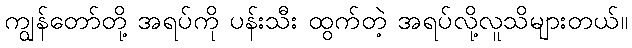
ကျွန်တော်တို့ အရပ်ကို ပန်းသီး ထွက်တဲ့ အရပ်လို့လူသိများတယ်။